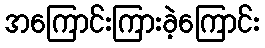
အကြောင်းကြားခဲ့ကြောင်း